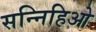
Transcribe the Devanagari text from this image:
सन्निहिओ